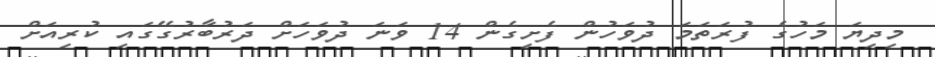
މިދިޔަ މަހުގެ ފުރަތަމަ ދުވަހުން ފެށިގެން 14 ވަނަ ދުވަހަށް ދަރުބާރުގޭގައި ކުރިއަށް